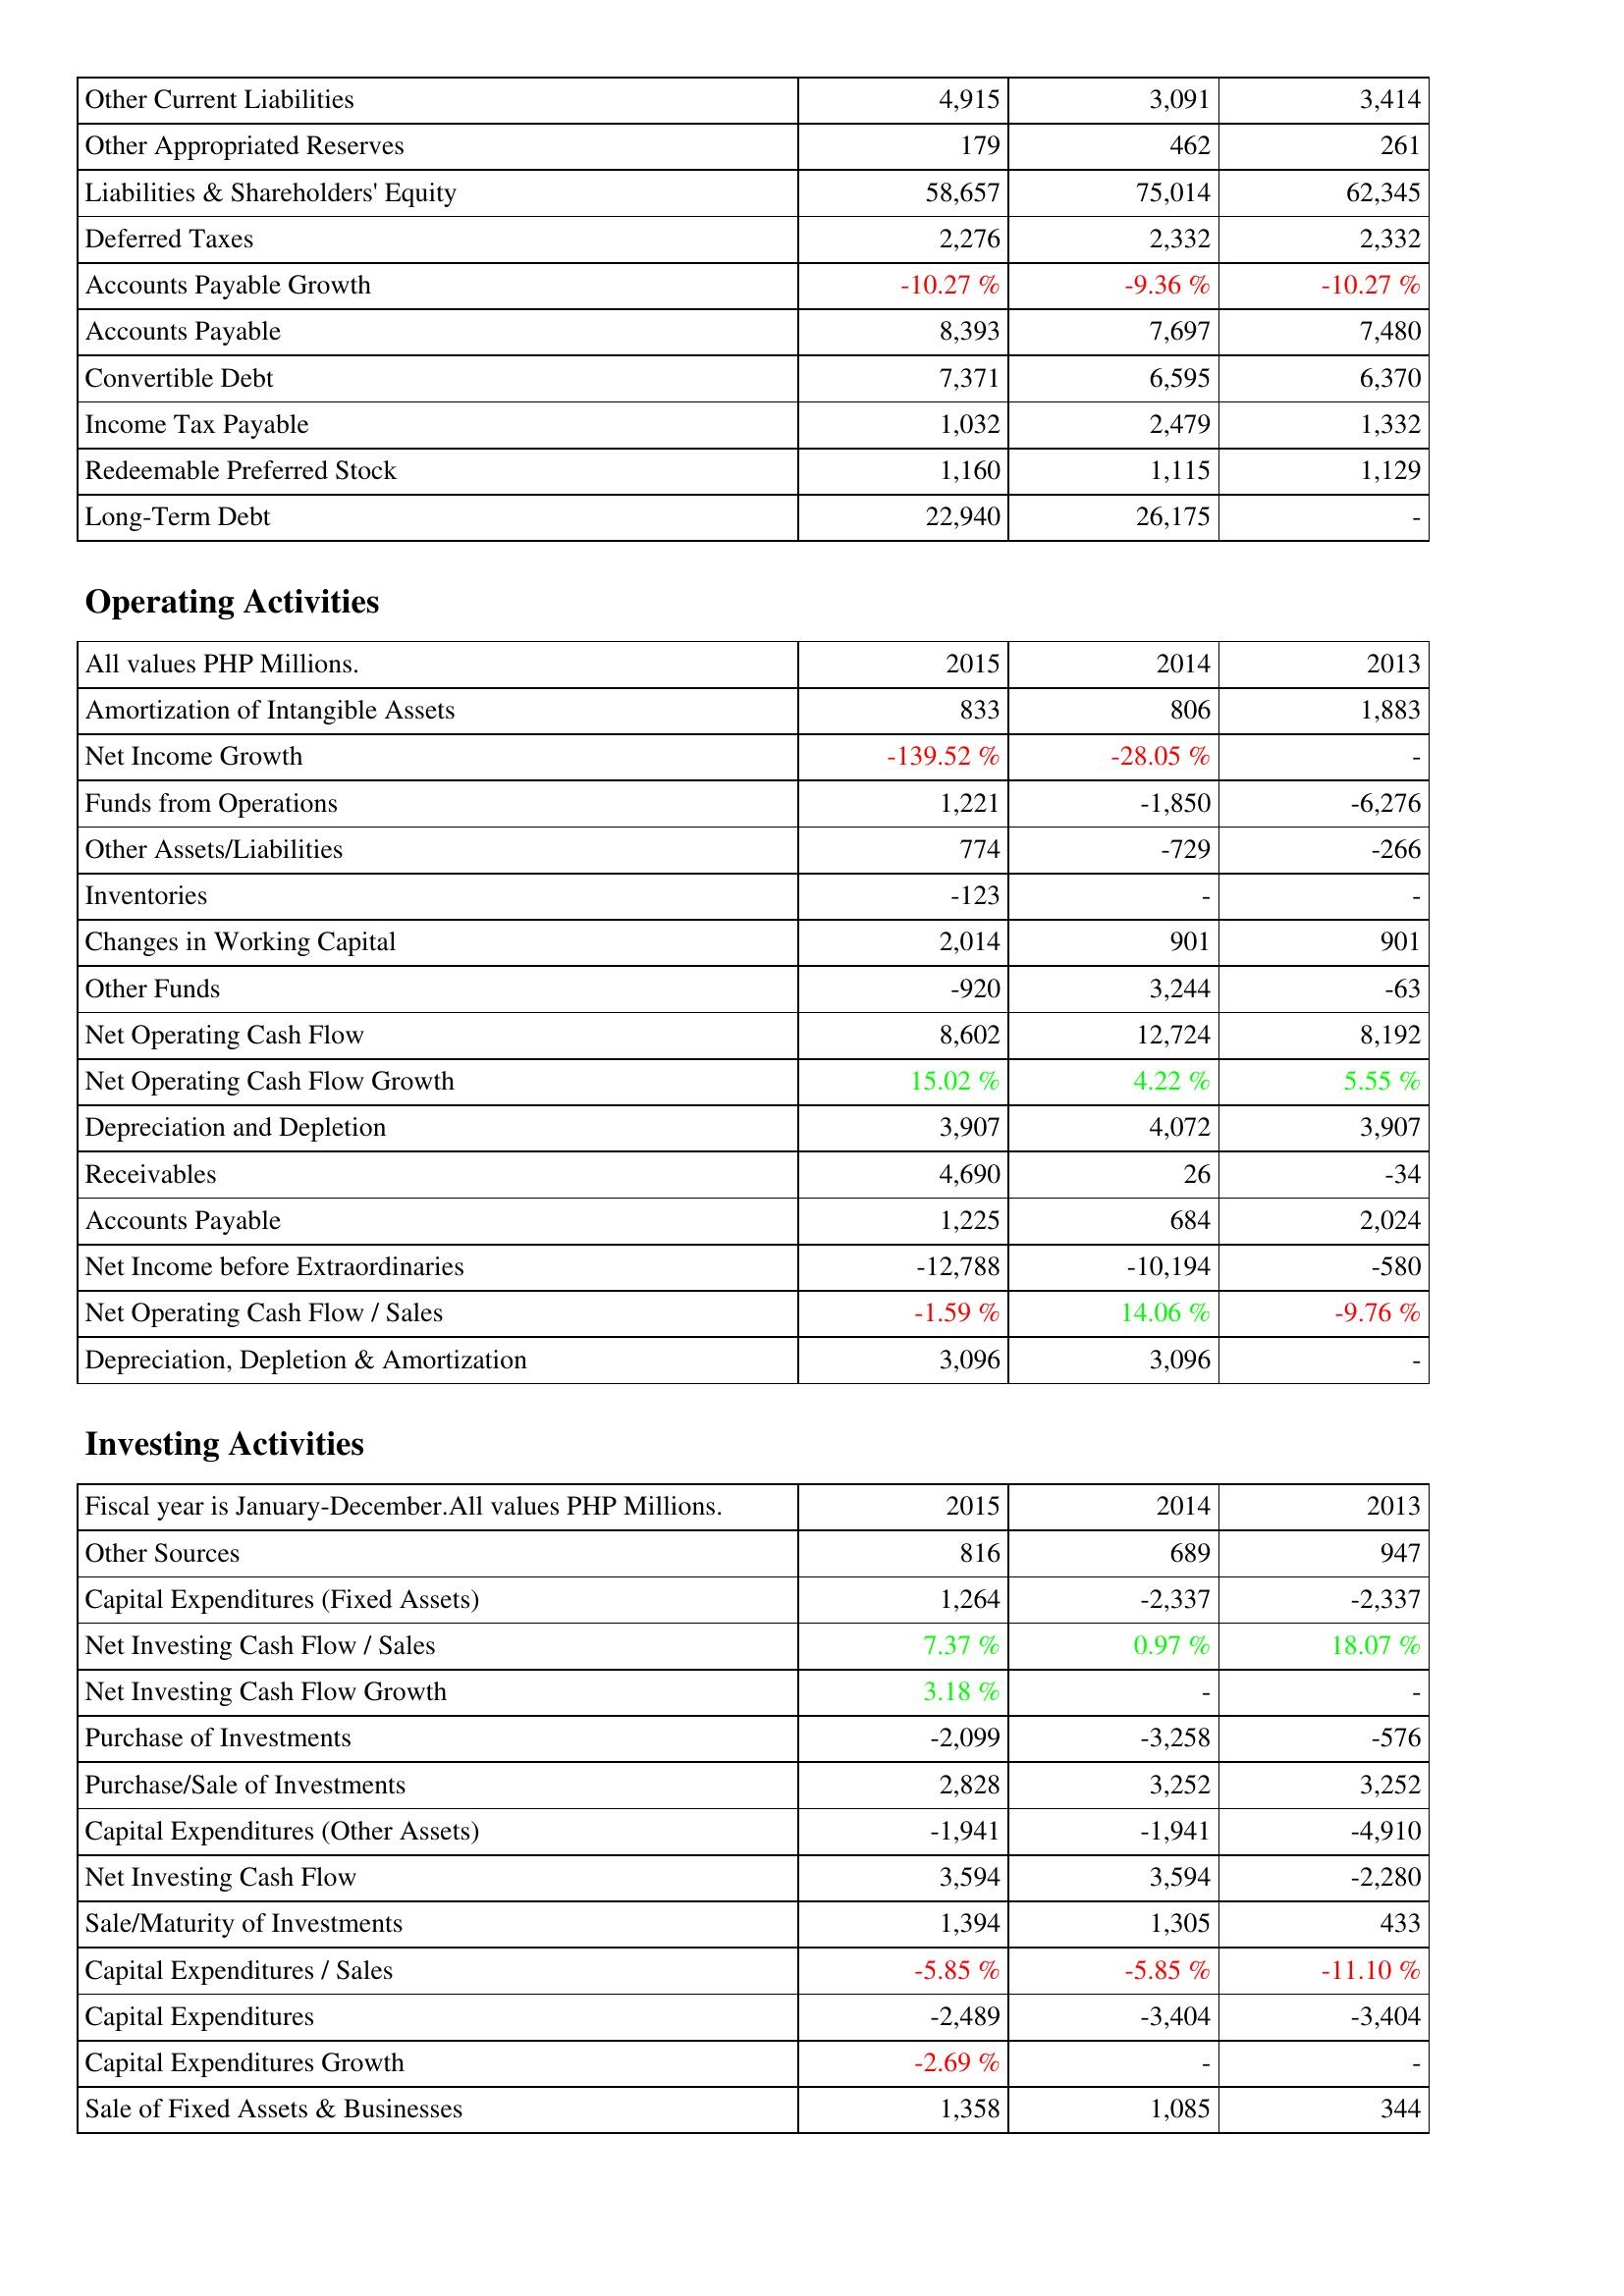
2015: Liabilities & Shareholders' Equity: Other Current Liabilities: 4,915
Other Appropriated Reserves: 179
Liabilities & Shareholders' Equity: 58,657
Deferred Taxes: 2,276
Accounts Payable Growth: -10.27 %
Accounts Payable: 8,393
Convertible Debt: 7,371
Income Tax Payable: 1,032
Redeemable Preferred Stock: 1,160
Long-Term Debt: 22,940
Operating Activities: Amortization of Intangible Assets: 833
Net Income Growth: -139.52 %
Funds from Operations: 1,221
Other Assets/Liabilities: 774
Inventories: -123
Changes in Working Capital: 2,014
Other Funds: -920
Net Operating Cash Flow: 8,602
Net Operating Cash Flow Growth: 15.02 %
Depreciation and Depletion: 3,907
Receivables: 4,690
Accounts Payable: 1,225
Net Income before Extraordinaries: -12,788
Net Operating Cash Flow / Sales: -1.59 %
Depreciation, Depletion & Amortization: 3,096
Investing Activities: Other Sources: 816
Capital Expenditures (Fixed Assets): 1,264
Net Investing Cash Flow / Sales: 7.37 %
Net Investing Cash Flow Growth: 3.18 %
Purchase of Investments: -2,099
Purchase/Sale of Investments: 2,828
Capital Expenditures (Other Assets): -1,941
Net Investing Cash Flow: 3,594
Sale/Maturity of Investments: 1,394
Capital Expenditures / Sales: -5.85 %
Capital Expenditures: -2,489
Capital Expenditures Growth: -2.69 %
Sale of Fixed Assets & Businesses: 1,358
2014: Liabilities & Shareholders' Equity: Other Current Liabilities: 3,091
Other Appropriated Reserves: 462
Liabilities & Shareholders' Equity: 75,014
Deferred Taxes: 2,332
Accounts Payable Growth: -9.36 %
Accounts Payable: 7,697
Convertible Debt: 6,595
Income Tax Payable: 2,479
Redeemable Preferred Stock: 1,115
Long-Term Debt: 26,175
Operating Activities: Amortization of Intangible Assets: 806
Net Income Growth: -28.05 %
Funds from Operations: -1,850
Other Assets/Liabilities: -729
Inventories: -
Changes in Working Capital: 901
Other Funds: 3,244
Net Operating Cash Flow: 12,724
Net Operating Cash Flow Growth: 4.22 %
Depreciation and Depletion: 4,072
Receivables: 26
Accounts Payable: 684
Net Income before Extraordinaries: -10,194
Net Operating Cash Flow / Sales: 14.06 %
Depreciation, Depletion & Amortization: 3,096
Investing Activities: Other Sources: 689
Capital Expenditures (Fixed Assets): -2,337
Net Investing Cash Flow / Sales: 0.97 %
Net Investing Cash Flow Growth: -
Purchase of Investments: -3,258
Purchase/Sale of Investments: 3,252
Capital Expenditures (Other Assets): -1,941
Net Investing Cash Flow: 3,594
Sale/Maturity of Investments: 1,305
Capital Expenditures / Sales: -5.85 %
Capital Expenditures: -3,404
Capital Expenditures Growth: -
Sale of Fixed Assets & Businesses: 1,085
2013: Liabilities & Shareholders' Equity: Other Current Liabilities: 3,414
Other Appropriated Reserves: 261
Liabilities & Shareholders' Equity: 62,345
Deferred Taxes: 2,332
Accounts Payable Growth: -10.27 %
Accounts Payable: 7,480
Convertible Debt: 6,370
Income Tax Payable: 1,332
Redeemable Preferred Stock: 1,129
Long-Term Debt: -
Operating Activities: Amortization of Intangible Assets: 1,883
Net Income Growth: -
Funds from Operations: -6,276
Other Assets/Liabilities: -266
Inventories: -
Changes in Working Capital: 901
Other Funds: -63
Net Operating Cash Flow: 8,192
Net Operating Cash Flow Growth: 5.55 %
Depreciation and Depletion: 3,907
Receivables: -34
Accounts Payable: 2,024
Net Income before Extraordinaries: -580
Net Operating Cash Flow / Sales: -9.76 %
Depreciation, Depletion & Amortization: -
Investing Activities: Other Sources: 947
Capital Expenditures (Fixed Assets): -2,337
Net Investing Cash Flow / Sales: 18.07 %
Net Investing Cash Flow Growth: -
Purchase of Investments: -576
Purchase/Sale of Investments: 3,252
Capital Expenditures (Other Assets): -4,910
Net Investing Cash Flow: -2,280
Sale/Maturity of Investments: 433
Capital Expenditures / Sales: -11.10 %
Capital Expenditures: -3,404
Capital Expenditures Growth: -
Sale of Fixed Assets & Businesses: 344